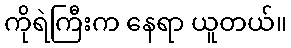
ကိုရဲကြီးက နေရာ ယူတယ်။